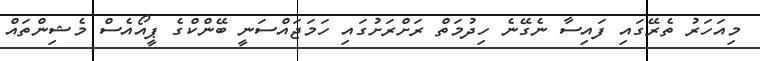
މިއަހަރު ތެރޭގައި ފައިސާ ނެގޭނެ ހިދުމަތް ރަށްރަށުގައި ހަމަޖައްސަނީ ބޭންކްގެ ޕީއޯއެސް މެޝިންތައް